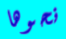
نحوها